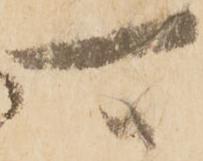
可